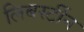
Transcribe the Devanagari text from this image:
लिबर्स्टीन